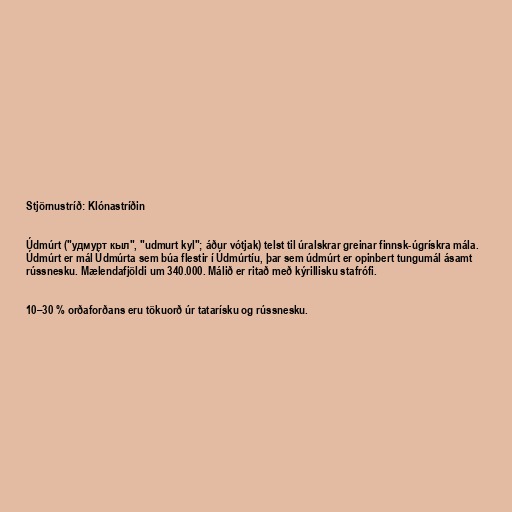
Stjörnustríð: Klónastríðin

Údmúrt ("удмурт кыл", "udmurt kyl"; áður vótjak) telst til úralskrar greinar finnsk-úgrískra mála.
Údmúrt er mál Údmúrta sem búa flestir í Údmúrtíu, þar sem údmúrt er opinbert tungumál ásamt
rússnesku. Mælendafjöldi um 340.000. Málið er ritað með kýrillisku stafrófi.

10–30 % orðaforðans eru tökuorð úr tatarísku og rússnesku.